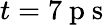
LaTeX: t=7\mathrm{~p~s~}